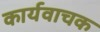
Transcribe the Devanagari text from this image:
कार्यवाचक